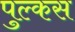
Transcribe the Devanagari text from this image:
पुल्कस